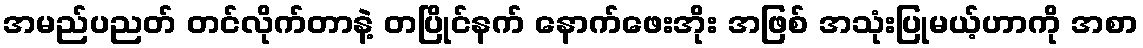
အမည်ပညတ် တင်လိုက်တာနဲ့ တပြိုင်နက် နောက်ဖေးအိုး အဖြစ် အသုံးပြုမယ့်ဟာကို အစာ